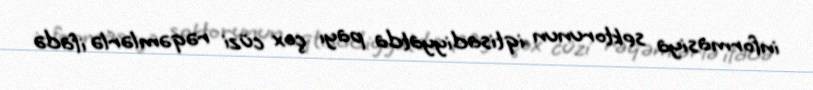
informasiya sektorunun iqtisadiyyatda payı çox cüzi rəqəmlərlə ifadə